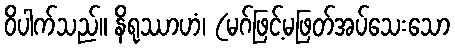
ဝိပါက်သည်။ နိရုဿာဟံ၊ (မဂ်ဖြင့်မဖြတ်အပ်သေးသော